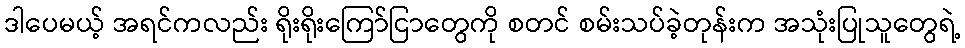
ဒါပေမယ့် အရင်ကလည်း ရိုးရိုးကြော်ငြာတွေကို စတင် စမ်းသပ်ခဲ့တုန်းက အသုံးပြုသူတွေရဲ့